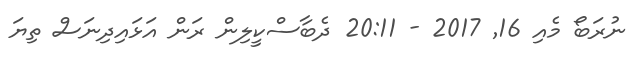
ނުރަބޯ މެއި 16